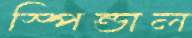
স্পিন্ডাল